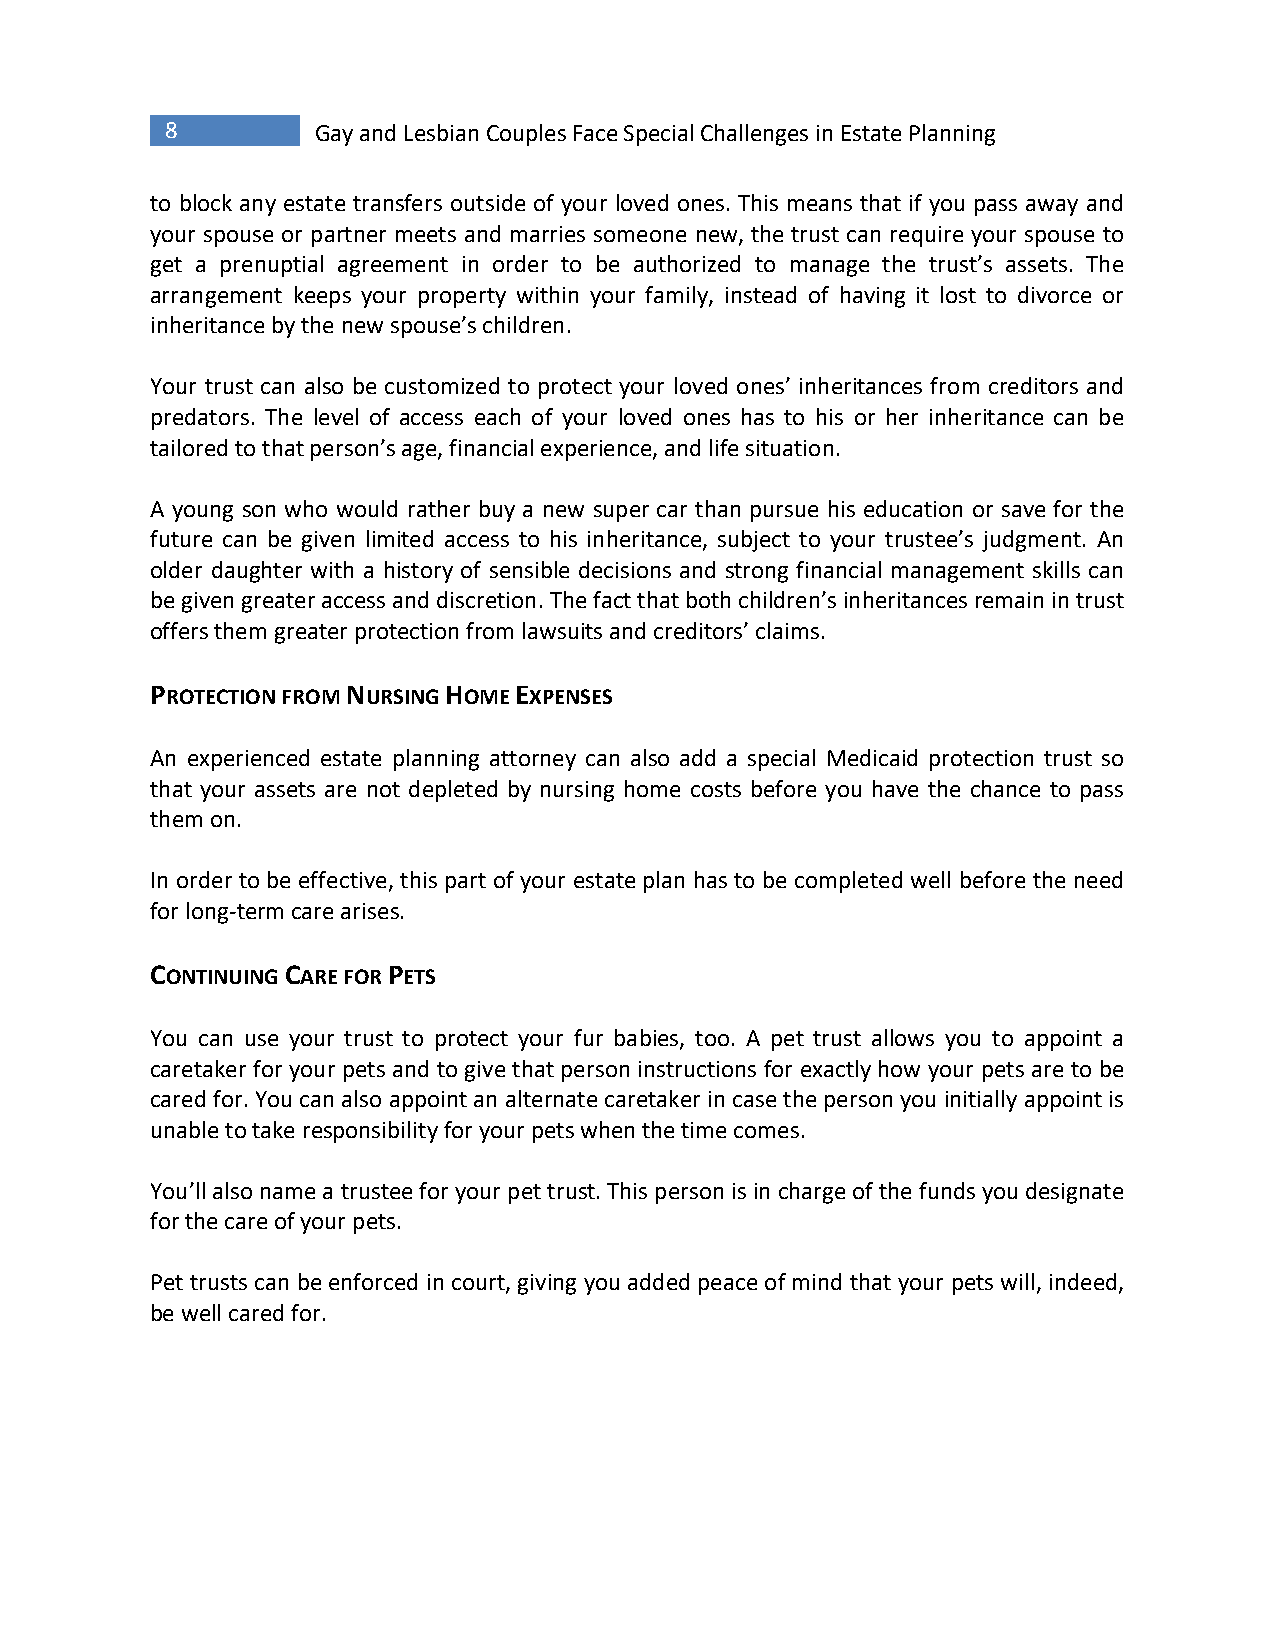
8         Gay and Lesbian Couples Face Special Challenges in Estate Planning
 to block any estate transfers outside of your loved ones. This means that if you pass away and
 your spouse or partner meets and marries someone new, the trust can require your spouse to
 get a prenuptial agreement in order to be authorized to manage the trust’s assets. The
 arrangement keeps your property within your family, instead of having it lost to divorce or
 inheritance by the new spouse’s children.
 Your trust can also be customized to protect your loved ones’ inheritances from creditors and
 predators. The level of access each of your loved ones has to his or her inheritance can be
 tailored to that person’s age, financial experience, and life situation.
 A young son who would rather buy a new super car than pursue his education or save for the
 future can be given limited access to his inheritance, subject to your trustee’s judgment. An
 older daughter with a history of sensible decisions and strong financial management skills can
 be given greater access and discretion. The fact that both children’s inheritances remain in trust
 offers them greater protection from lawsuits and creditors’ claims.
 PROTECTION FROM NURSING HOME EXPENSES
 An experienced estate planning attorney can also add a special Medicaid protection trust so
 that your assets are not depleted by nursing home costs before you have the chance to pass
 them on.
 In order to be effective, this part of your estate plan has to be completed well before the need
 for long-term care arises.
 CONTINUING CARE FOR PETS
 You can use your trust to protect your fur babies, too. A pet trust allows you to appoint a
 caretaker for your pets and to give that person instructions for exactly how your pets are to be
 cared for. You can also appoint an alternate caretaker in case the person you initially appoint is
 unable to take responsibility for your pets when the time comes.
 You’ll also name a trustee for your pet trust. This person is in charge of the funds you designate
 for the care of your pets.
 Pet trusts can be enforced in court, giving you added peace of mind that your pets will, indeed,
 be well cared for.